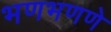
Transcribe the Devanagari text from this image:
भणभणणे